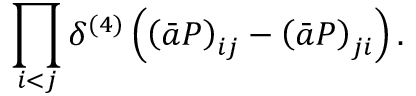
\prod _ { i < j } \delta ^ { ( 4 ) } \left( \left( \bar { a } { \cal P } \right) _ { i j } - \left( \bar { a } { \cal P } \right) _ { j i } \right) .